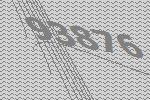
93876